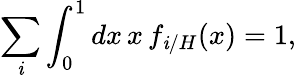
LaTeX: \sum_{\mathit{i}}\int_{0}^{1}dx\, x\, f_{\mathit{i}/H}(x)=1,